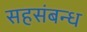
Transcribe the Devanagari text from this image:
सहसंबन्ध